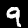
Digit: 9